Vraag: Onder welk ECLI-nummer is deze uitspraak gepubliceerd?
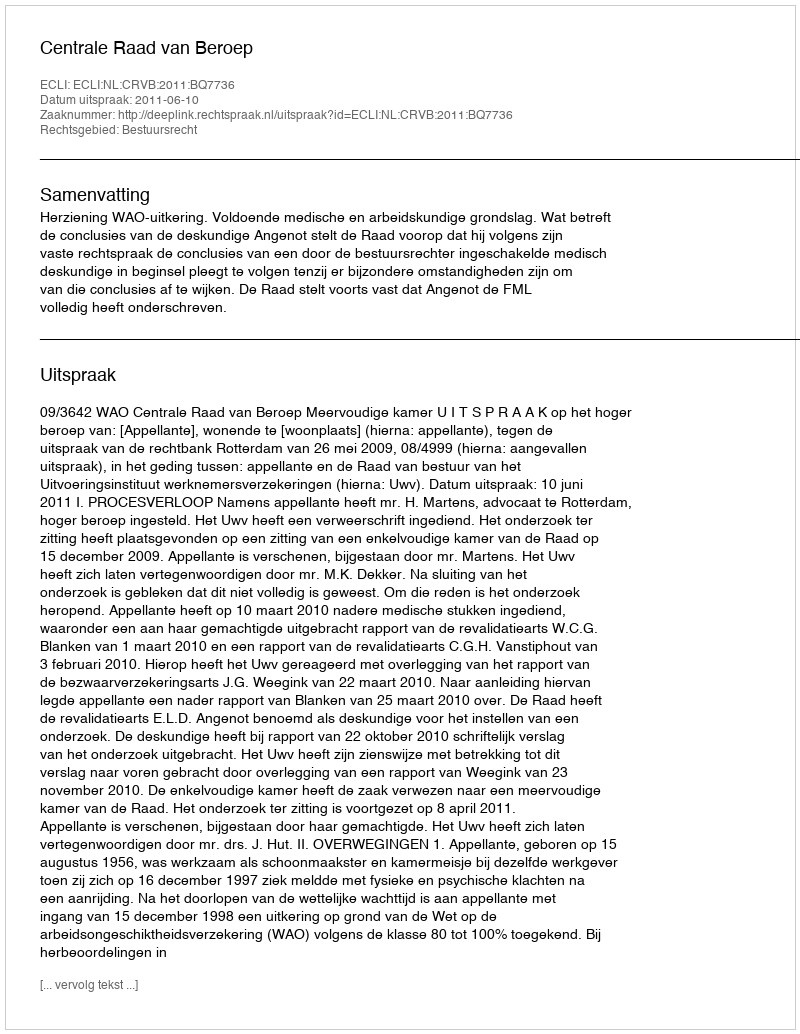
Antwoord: ECLI:NL:CRVB:2011:BQ7736